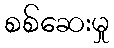
စစ်ဆေးမှု